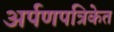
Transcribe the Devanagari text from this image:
अर्पणपत्रिकेत